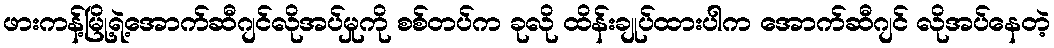
ဖားကန့်မြို့ရဲ့အောက်ဆီဂျင်လိုအပ်မှုကို စစ်တပ်က ခုလို ထိန်းချုပ်ထားပါက အောက်ဆီဂျင် လိုအပ်နေတဲ့